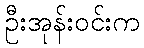
ဦးအုန်းဝင်းက